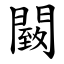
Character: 䦯